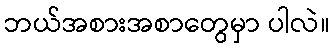
ဘယ်အစားအစာတွေမှာ ပါလဲ။